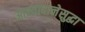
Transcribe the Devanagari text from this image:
आस्वादानेसुद्धा